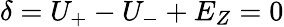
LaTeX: \delta=U_{+}-U_{-}+E_{Z}=0